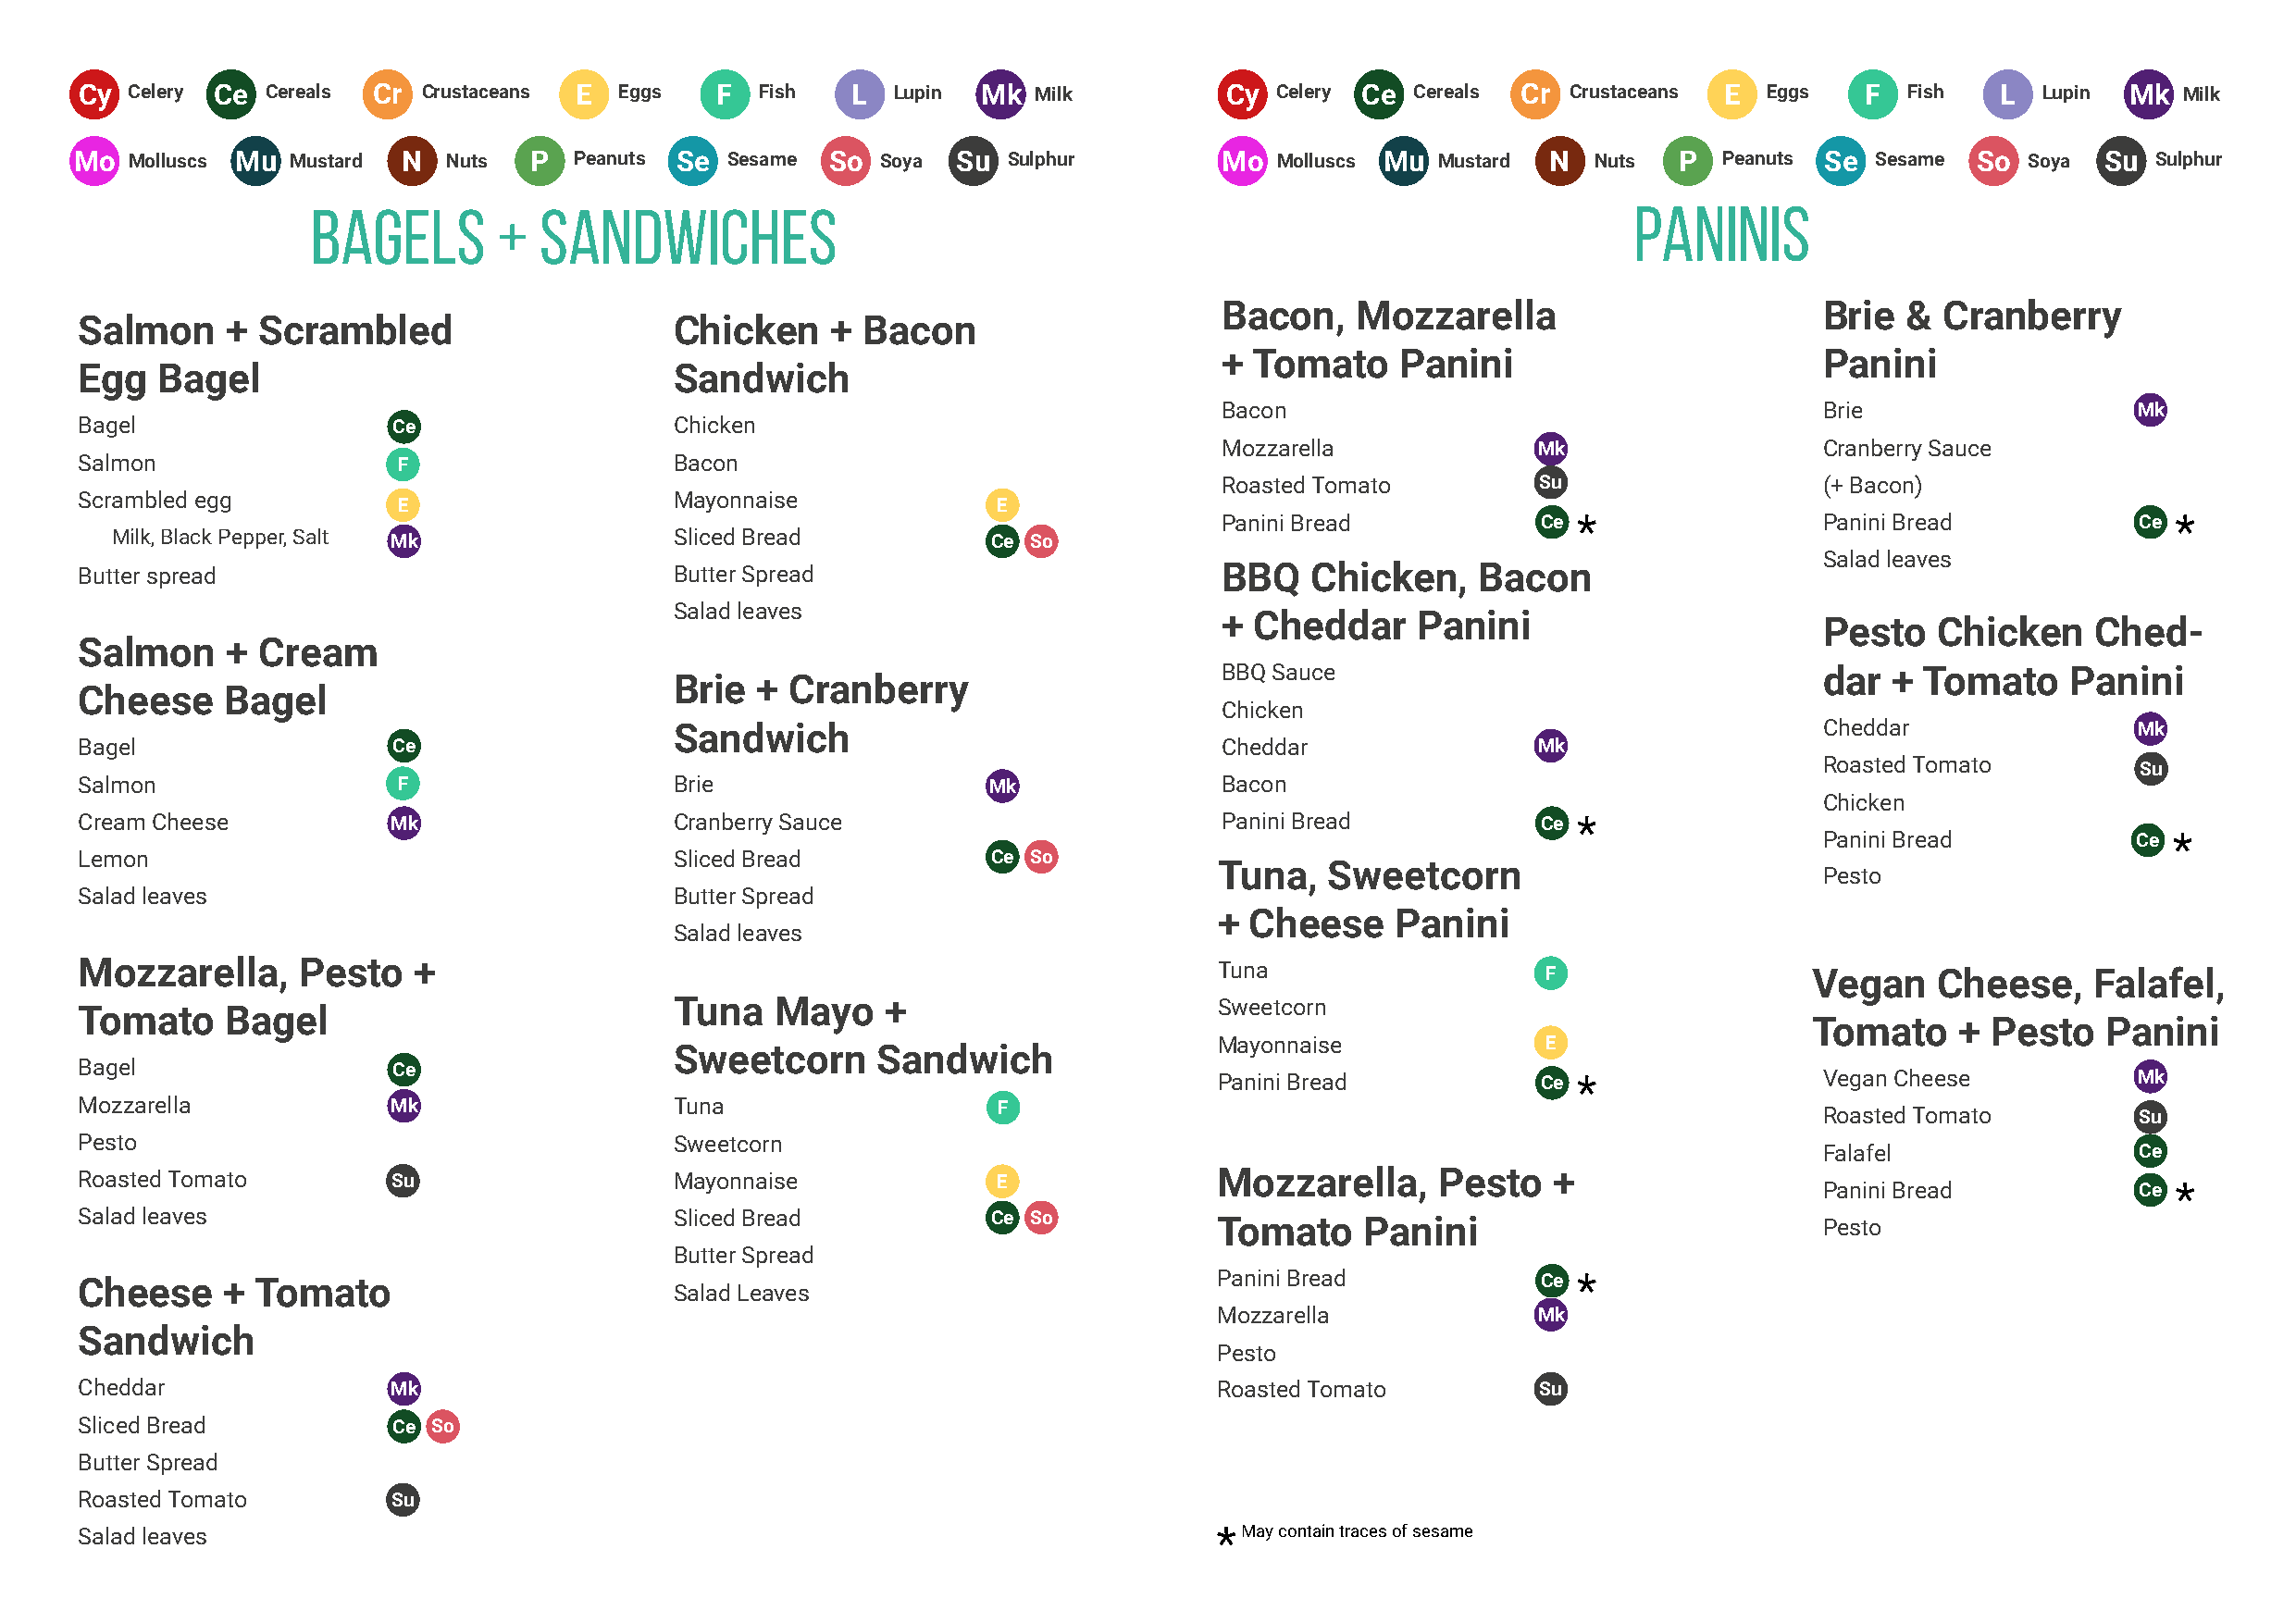
Cy Celery Ce Cereals Cr Crustaceans E Eggs   F  Fish   L  Lupin Mk  Milk          Cy Celery Ce Cereals Cr Crustaceans E Eggs   F  Fish   L  Lupin Mk  Milk
 Mo  Molluscs Mu Mustard N  Nuts  P  Peanuts Se Sesame So  Soya Su  Sulphur        Mo  Molluscs Mu Mustard N  Nuts  P  Peanuts Se Sesame So  Soya Su  Sulphur
 Bagels        +  Sandwiches                                                                    Paninis
 Bacon,    Mozzarella                       Brie  &  Cranberry
 Salmon    + Scrambled                     Chicken    +  Bacon
 +  Tomato    Panini                        Panini
 Egg  Bagel                                Sandwich
 Bacon                                      Brie                   Mk
 Bagel                 Ce                  Chicken
 Mozzarella             Mk                  Cranberry Sauce
 Salmon                F                   Bacon
 Roasted Tomato         Su                  (+ Bacon)
 Scrambled egg                             Mayonnaise
 E                                          E
 Panini Bread           Ce                  Panini Bread           Ce
 Milk, Black Pepper, Salt Mk             Sliced Bread           Ce So
 Salad leaves
 Butter spread                             Butter Spread                          BBQ    Chicken,    Bacon
 Salad leaves
 +  Cheddar    Panini
 Pesto    Chicken    Ched-
 Salmon    + Cream
 BBQ Sauce                                  dar  +  Tomato    Panini
 Brie  + Cranberry
 Cheese    Bagel
 Chicken
 Sandwich                                                                          Cheddar                Mk
 Bagel                 Ce                                                         Cheddar                Mk
 Roasted Tomato         Su
 Salmon                F                   Brie                   Mk              Bacon
 Chicken
 Cream Cheese          Mk                  Cranberry Sauce                        Panini Bread           Ce
 Panini Bread           Ce
 Lemon                                     Sliced Bread           Ce So
 Tuna,   Sweetcorn
 Pesto
 Salad leaves                              Butter Spread
 + Cheese     Panini
 Salad leaves
 Mozzarella,    Pesto    +                                                        Tuna                    F                  Vegan    Cheese,    Falafel,
 Tuna   Mayo    +                       Sweetcorn
 Tomato    Bagel
 Tomato    + Pesto    Panini
 Mayonnaise              E
 Sweetcorn      Sandwich
 Bagel                 Ce
 Panini Bread           Ce                  Vegan Cheese           Mk
 Mozzarella            Mk                  Tuna                   F
 Roasted Tomato         Su
 Pesto                                     Sweetcorn
 Falafel                Ce
 Roasted Tomato        Su                  Mayonnaise             E               Mozzarella,     Pesto   +
 Panini Bread           Ce
 Salad leaves                              Sliced Bread           Ce So           Tomato     Panini                          Pesto
 Butter Spread
 Cheese    + Tomato                                                               Panini Bread           Ce
 Salad Leaves
 Mozzarella             Mk
 Sandwich
 Pesto
 Cheddar               Mk                                                         Roasted Tomato         Su
 Sliced Bread          Ce So
 Butter Spread
 Roasted Tomato        Su
 Salad leaves                                                                       May contain traces of sesame